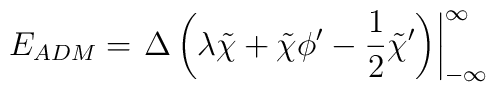
E_{ADM}=\left.{\Delta}\left({\lambda}\tilde{\chi}        +\tilde{\chi}{\phi}^{\prime}        -{\frac 1 2}{\tilde{\chi}}^{\prime}\right)\right|^{\infty}_{-\infty}